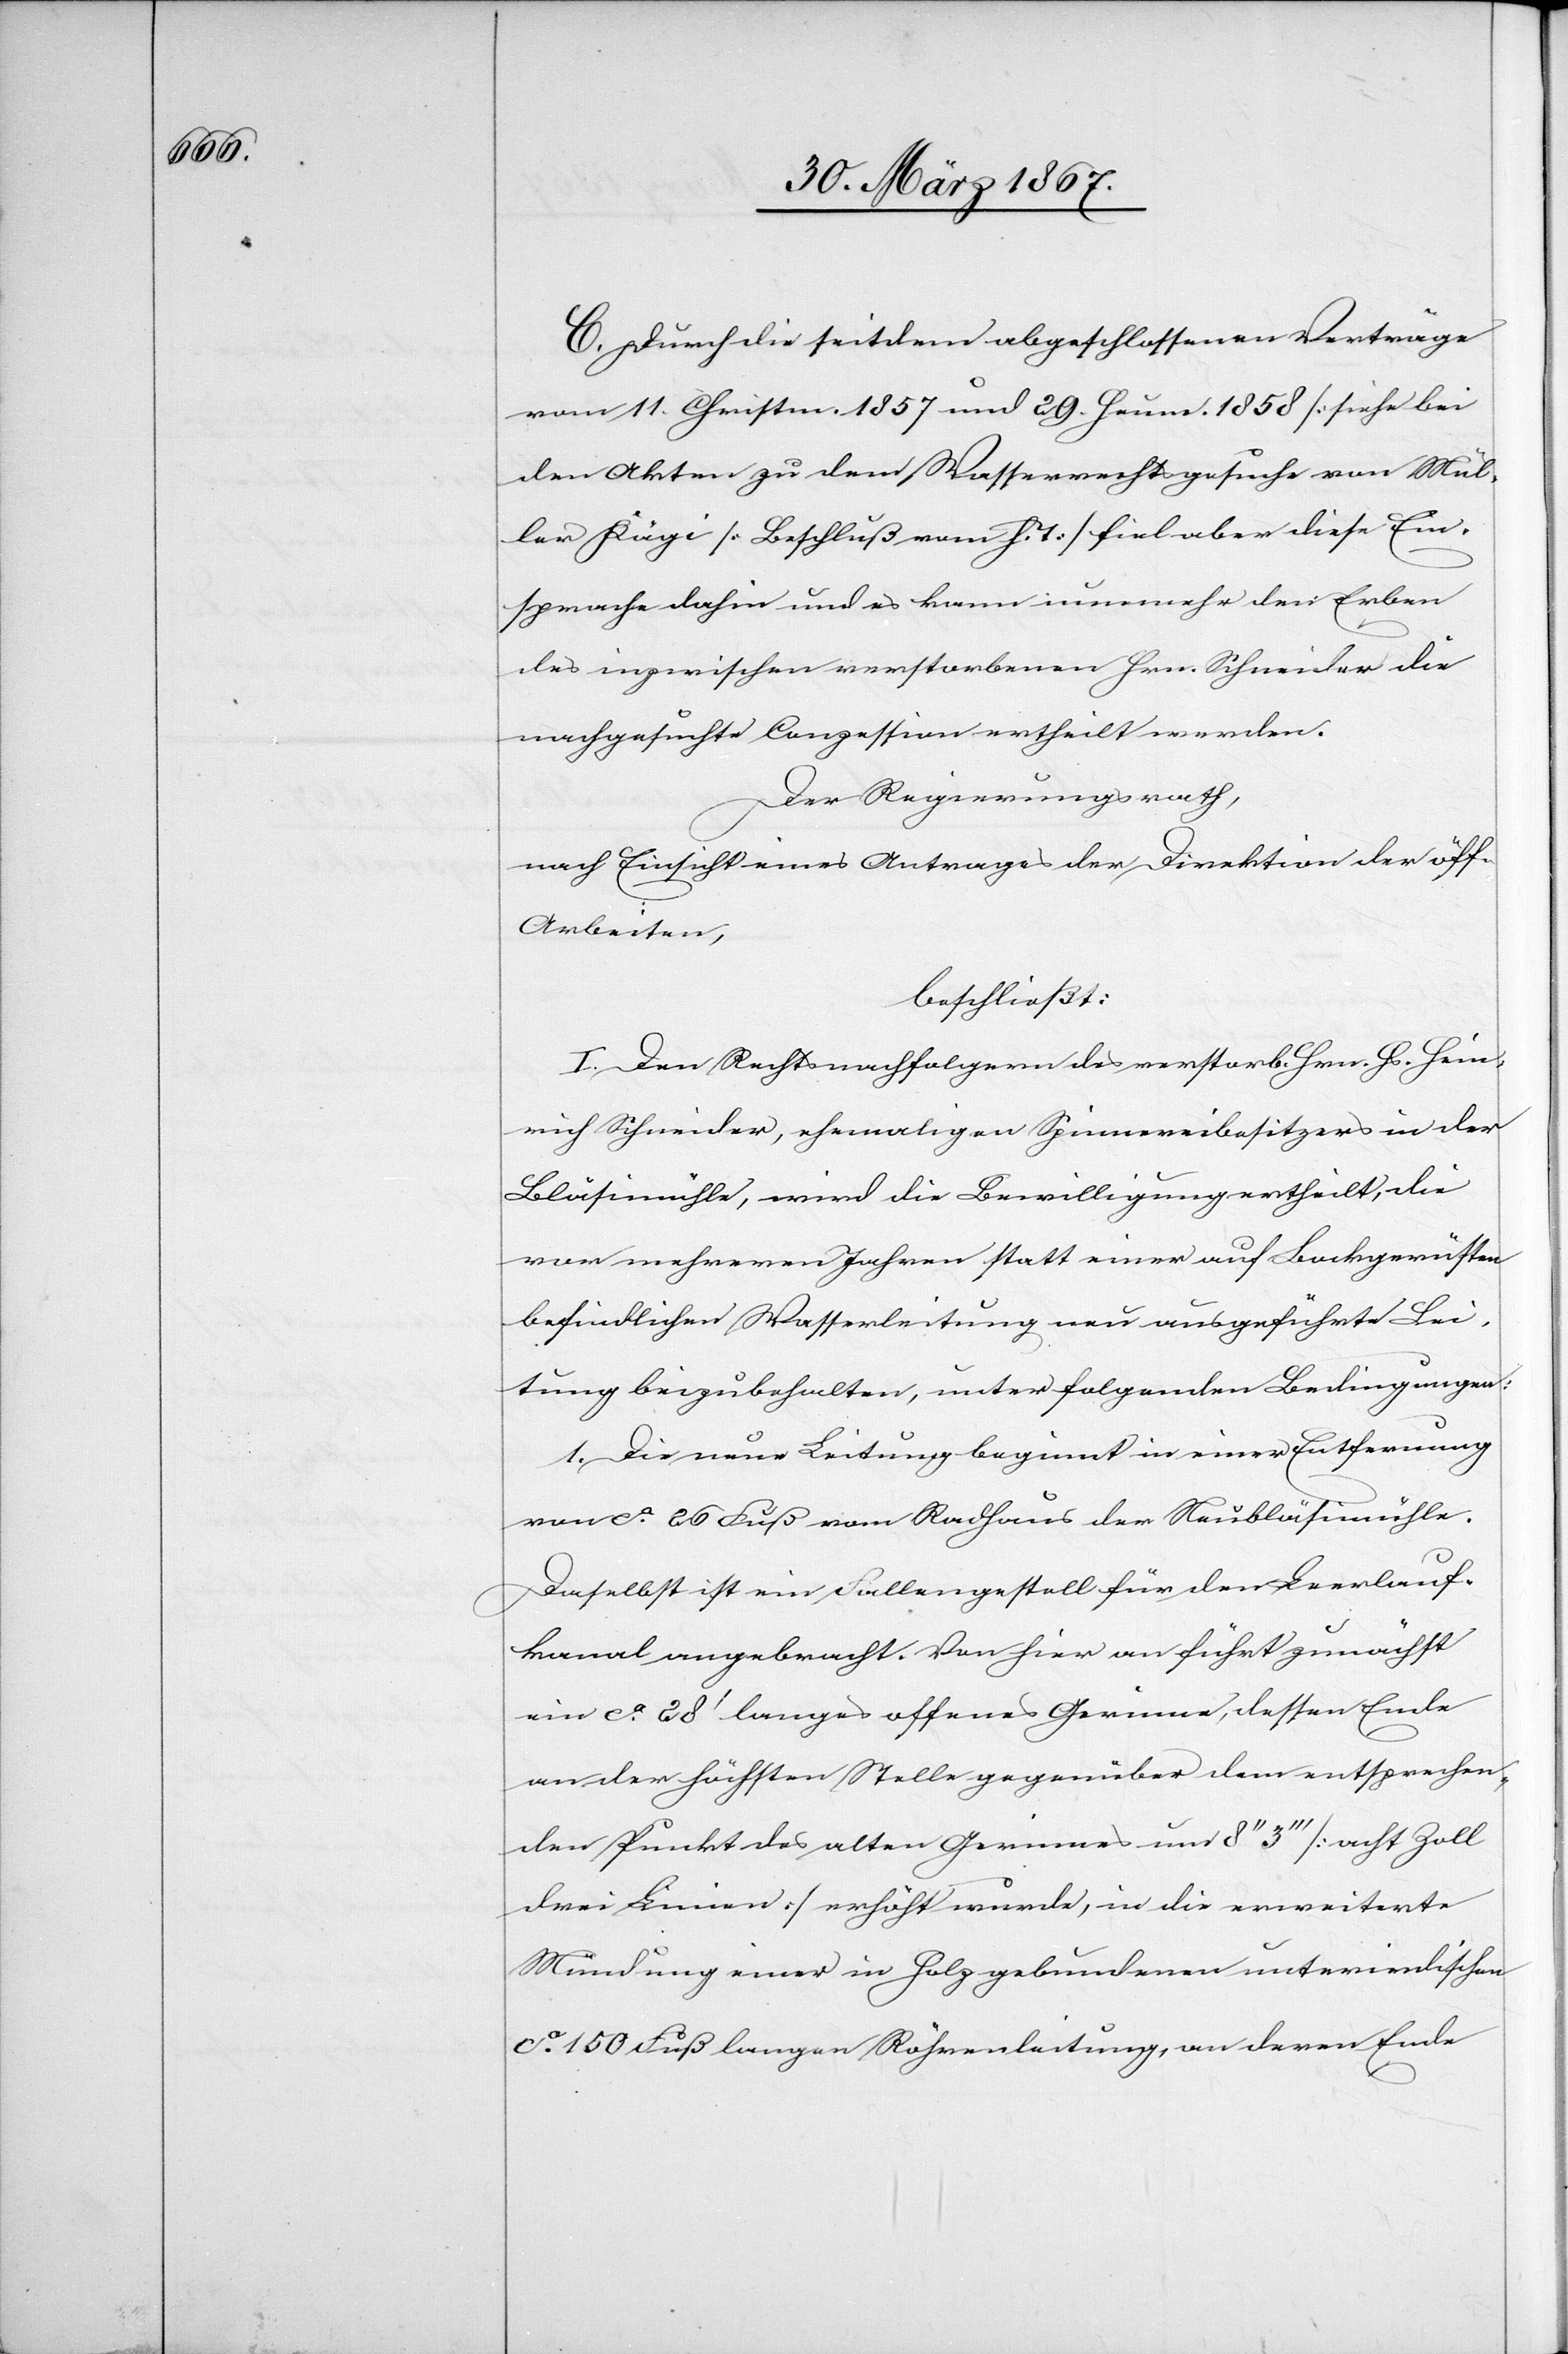
C. Durch die seitdem abgeschlossenen Verträge
vom 11. Christm. 1857 und 29. Heum. 1858 [siehe bei
den Akten zu dem Wasserrechtsgesuche von Mül¬
ler Kägi [Beschluß vom h. T.][]] fiel aber diese Ein¬
sprache dahin und es kann nunmehr den Erben
des inzwischen verstorbenen Hrn. Schneider die
nachgesuchte Conzession ertheilt werden.
Der Regierungsrath,
nach Einsicht eines Antrages der Direktion der öff.
Arbeiten,
beschließt:
I. Den Rechtsnachfolgern des verstorb. Hrn. Hs. Hein¬
rich Schneider, ehemaligen Spinnereibesitzers in der
Bläsimühle, wird die Bewilligung ertheilt, die
vor mehreren Jahren statt einer auf Bockgerüsten
befindlichen Wasserleitungen neu ausgeführte Lei¬
tung beizubehalten, unter folgenden Bedingungen:
1.	Die neue Leitung beginnt in einer Entfernung
von ca. 26 Fuß vom Radhaus der Neubläsimühle.
Daselbst ist ein Fallengestell für den Leerlauf¬
kanal angebracht. Von hier an führt zunächst
ein ca. 28’ langes offenes Gerinne, dessen Ende
an der höchsten Stelle gegenüber dem entsprechen¬
den Punkt des alten Gerinnes um 8’’ 3’’’ [acht Zoll
drei Linien] erhöht wurde, in die erweiterte
Mündung einer in Holz gebundenen unterirdischen
ca. 150 Fuß langen Röhrenleitung, an deren Ende